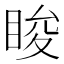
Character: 睃